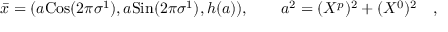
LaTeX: { \bar { x } } = ( a \mathrm { C o s } ( 2 \pi \sigma ^ { 1 } ) , a \mathrm { S i n } ( 2 \pi \sigma ^ { 1 } ) , h ( a ) ) , \quad \quad a ^ { 2 } = ( X ^ { p } ) ^ { 2 } + ( X ^ { 0 } ) ^ { 2 } \quad ,